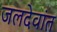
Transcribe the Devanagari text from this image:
जलदेवांत